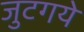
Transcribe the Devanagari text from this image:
जुटगये